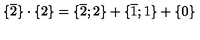
{ \{ } \overline { { 2 } } { \} } \cdot { \{ } { 2 } { \} } = { \{ } \overline { { 2 } } ; 2 { \} } + { \{ } \overline { { 1 } } ; 1 { \} } + { \{ } { 0 } { \} }